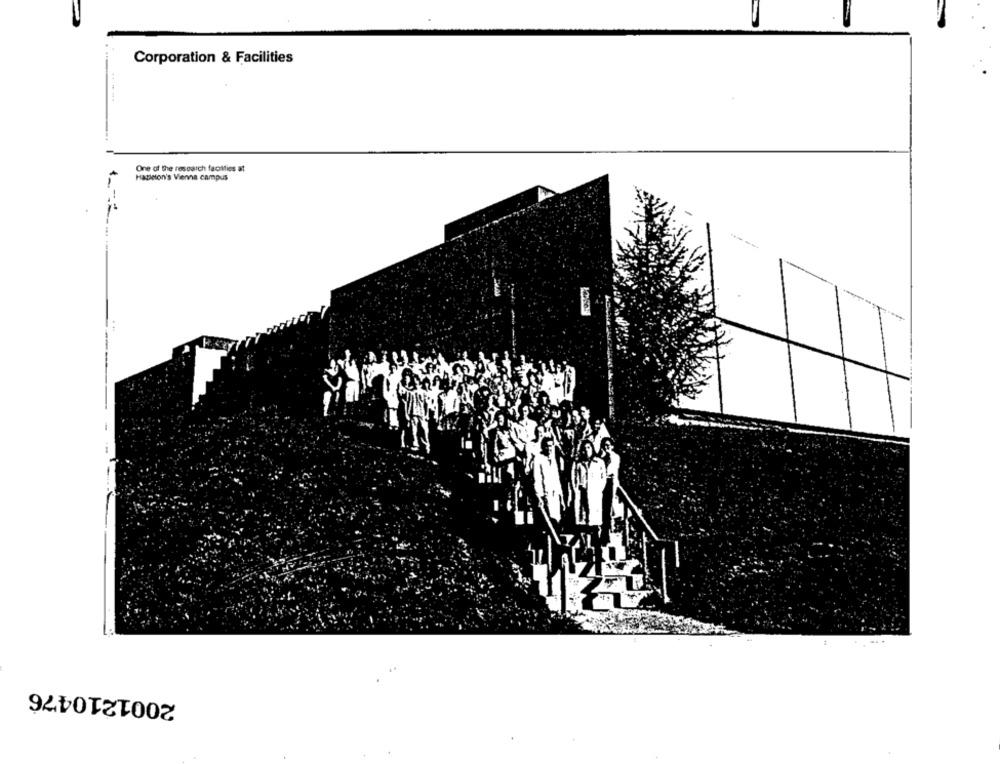
Corporation & Facilities
One of the research factties at
Hatleton's Vienna campus
....
2001210476